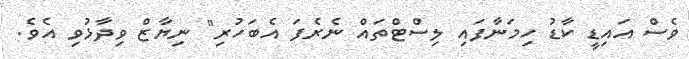
ވެސް އައިޑީ ކާޑު ހިމަނާފައި ލިސްޓްތައް ނެރެފަ އެބަހުރި" ނިޔާޒް ވިދާޅުވި އެވެ.